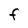
Character: F